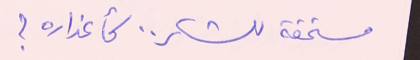
مستحقة للشكر.. كأعذاره ؟